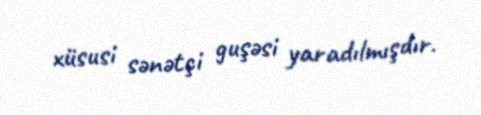
xüsusi sənətçi guşəsi yaradılmışdır.